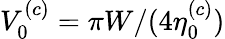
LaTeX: V_{0}^{(c)}=\pi W/(4\eta_{0}^{(c)})